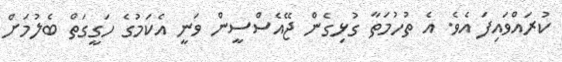
ކުރައްވައިފަ އެވެ. އެ ތުހުމަތާ ގުޅިގެން ޖޭއެސްސީން ވަނީ އެކަމުގެ ހަގީގަތް ބެލުމަށް